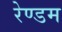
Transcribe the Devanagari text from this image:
रेण्डम